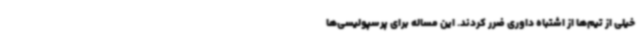
خیلی از تیم‌ها از اشتباه داوری ضرر کردند. این مساله برای پرسپولیسی‌ها